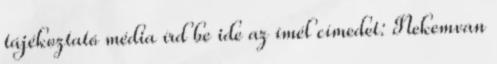
tájékoztató média írd be ide az ímél címedet: Nekemvan